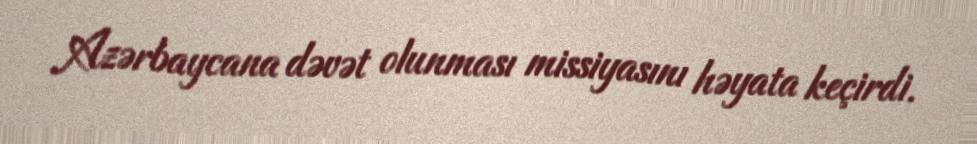
Azərbaycana dəvət olunması missiyasını həyata keçirdi.